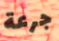
جرعة